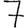
Digit: 7